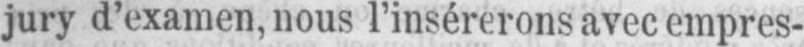
jury d’examen, nous l’insérerons avec empres-